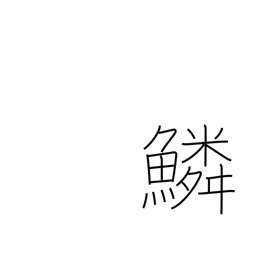
Meaning: scales (fish)